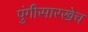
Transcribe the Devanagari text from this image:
पुंगीसारखेच